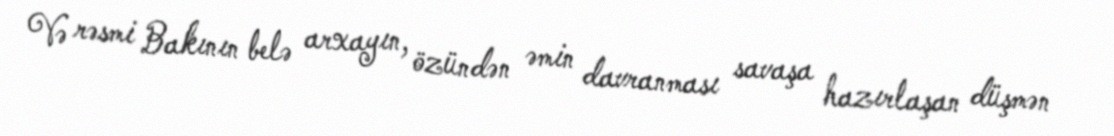
Və rəsmi Bakının belə arxayın, özündən əmin davranması savaşa hazırlaşan düşmən